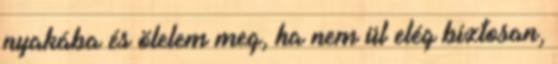
nyakába és ölelem meg, ha nem ül elég biztosan,